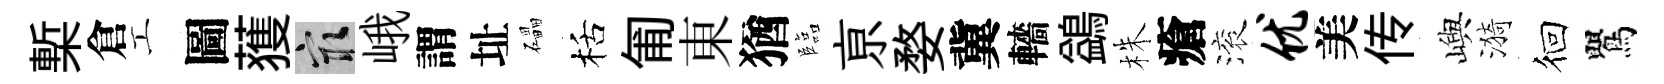
槧倉工圖𫉬冣峨謂址礧栝匍東猶臨亰婺冀轖鷁株瘡滚优美传嶼漪徊鸎